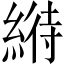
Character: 𦃀